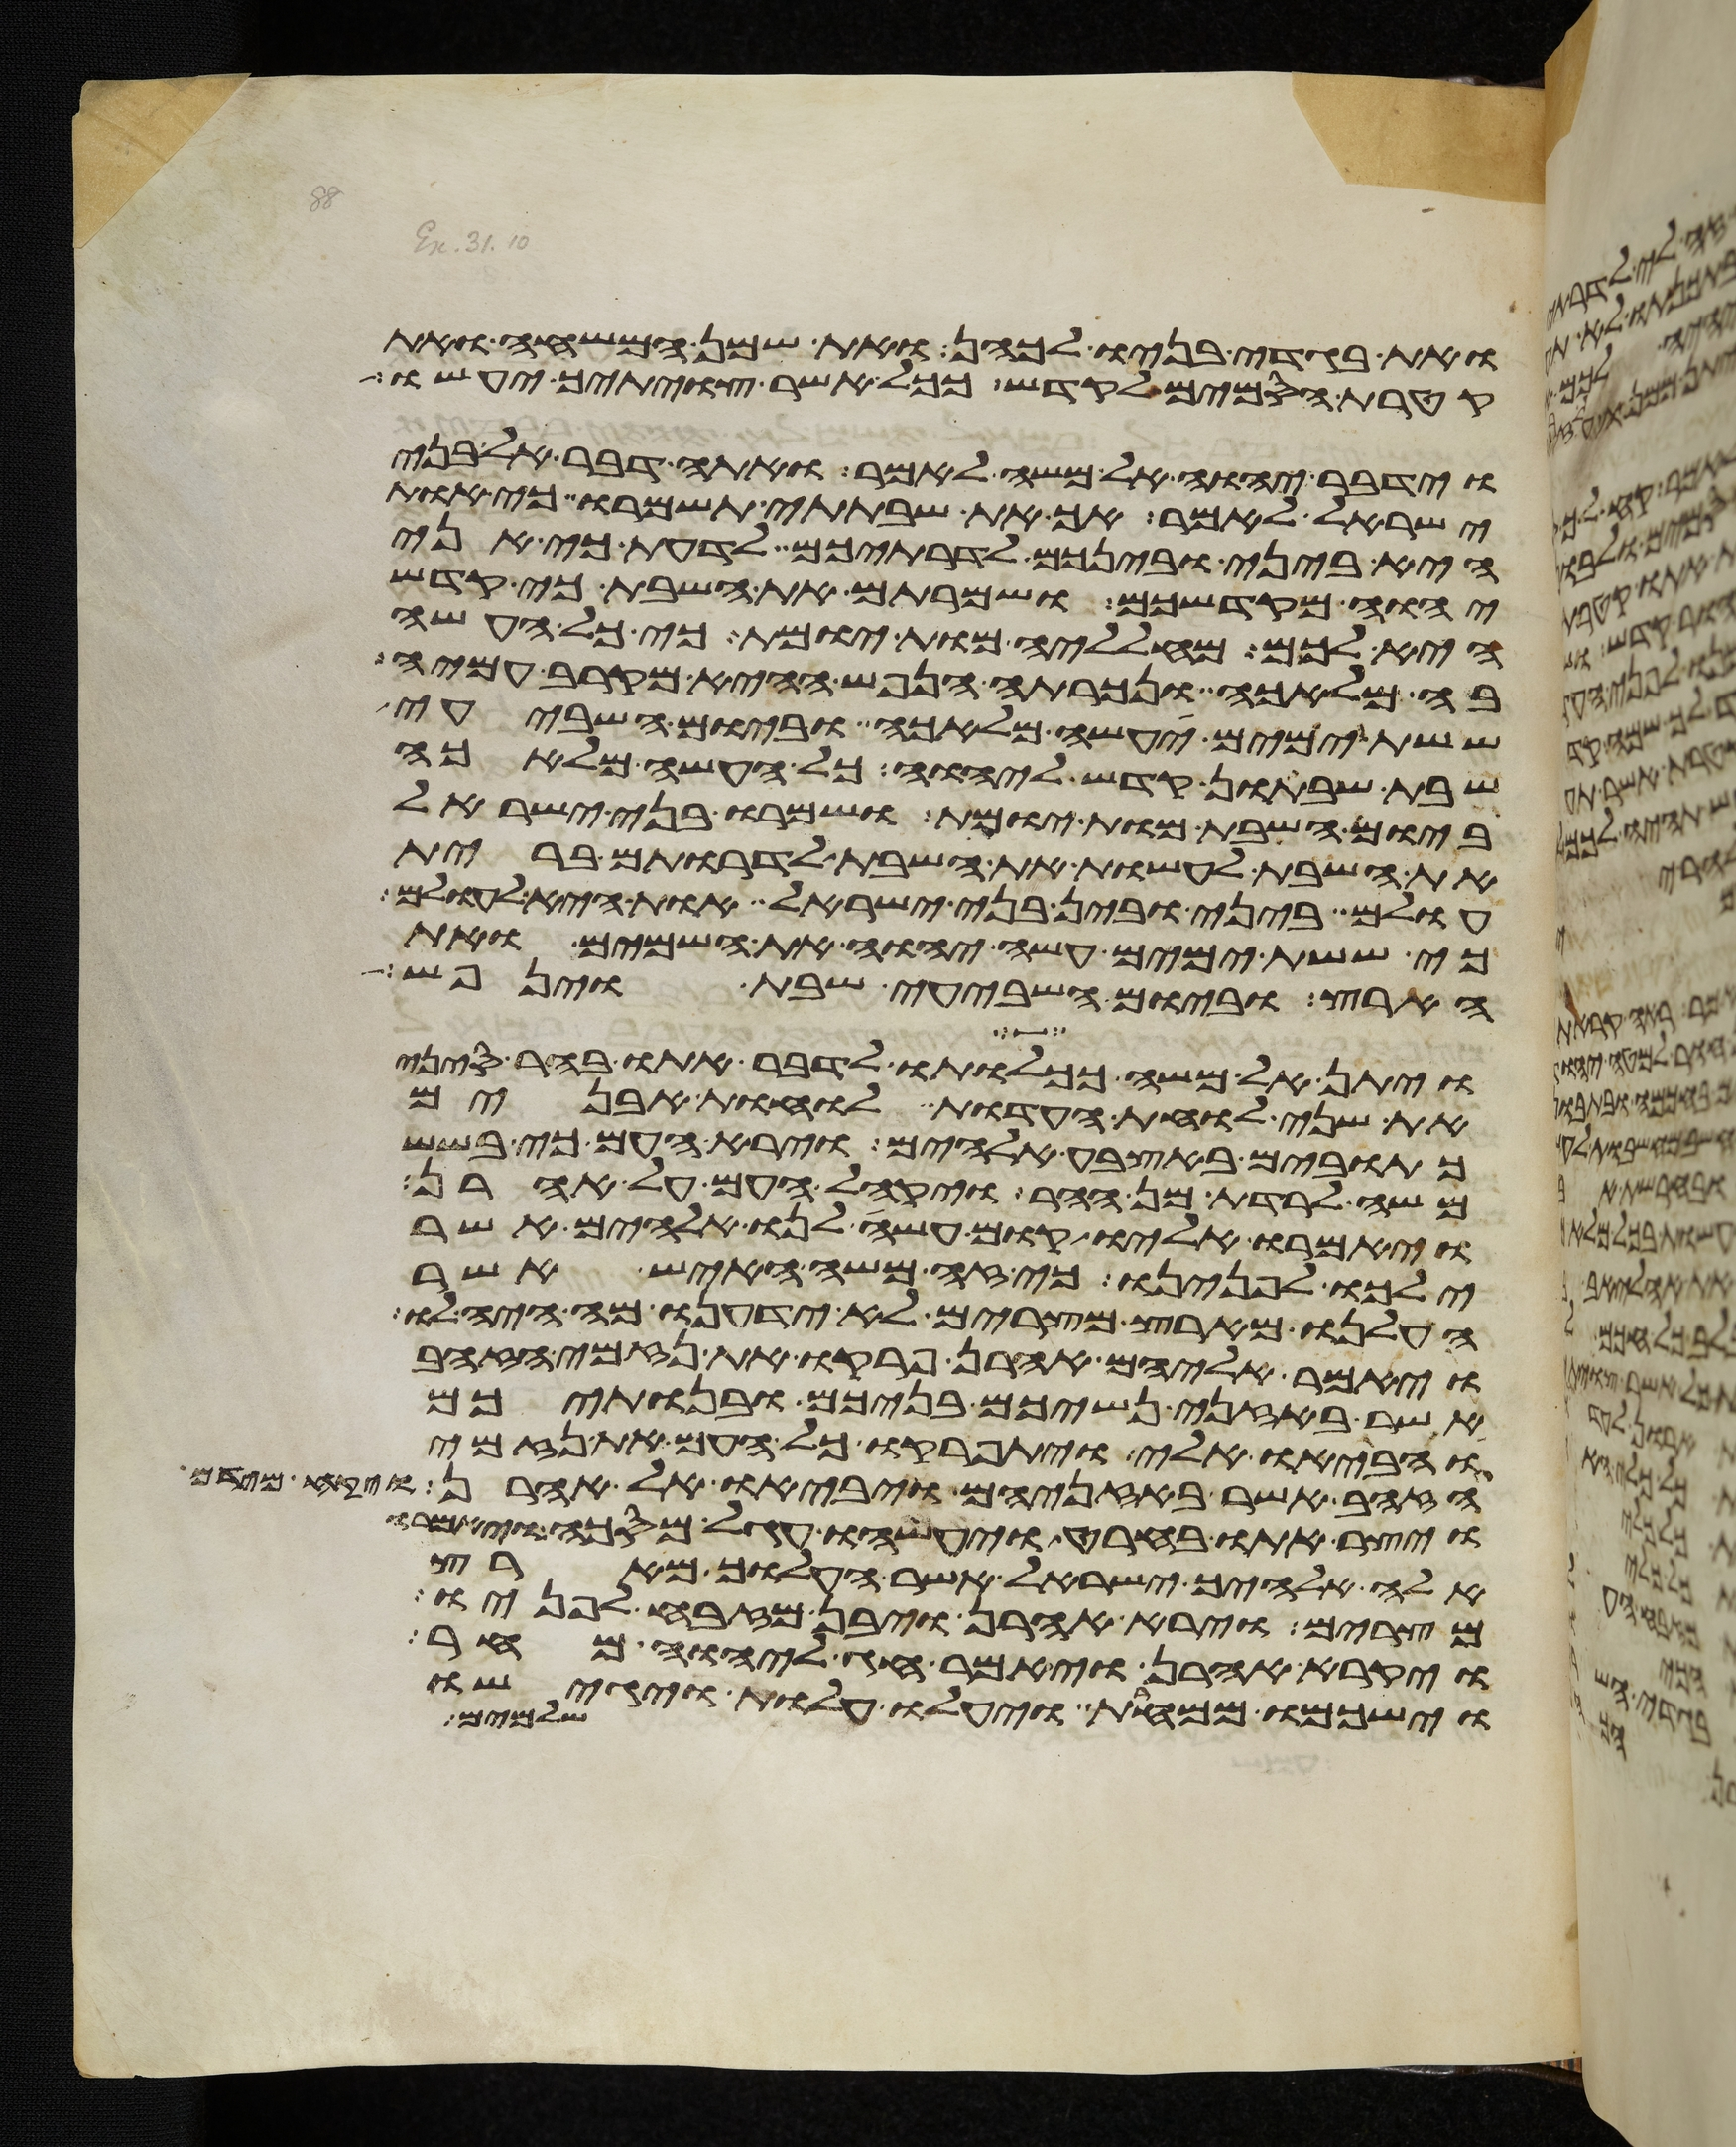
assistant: ואת בגדי בניו לכהן את שמן המשחה ואת
קטרת הסמים לקדש ככל אשר צויתיך יעשו
וידבר יהוה אל משה לאמר ואתה דבר אל בני
ישראל לאמר אך את שבתתי תשמרו כי אות
היא ביני ובינכם לדרתיכם לדעת כי אני
יהוה מקדשכם ושמרתם את השבת כי קדש
היא לכם מחלליה מות יומת כי כל העשה
בה מלאכה ונכרתה הנפש ההיא מקרב עמיה
ששת ימים יעשה מלאכה וביום השביעי
שבת שבתון קדש ליהוה כל העשה מלאכה
ביום השבת מות יומת ושמרו בני ישראל
את השבת לעשות את השבת לדרתם ברית
עולם ביני ובין בני ישראל אות היא לעולם
כי ששת ימים עשה יהוה את השמים ואת
הארץ וביום השביעי שבת וינפש
ויתן אל משה ככלותו לדבר אתו בהר סיני
את שני לוחת העדות לוחת אבנים
כתובים באצבע אלהים וירא העם כי בשש
משה לרדת מן ההר ויקהל העם על אהרן
ויאמרו אליו קום עשה לנו אלהים אשר
ילכו לפנינו כי זה משה האיש אשר
העלנו מארץ מצרים לא ידענו מה היה לו
ויאמר אליהם אהרן פרקו את נזמי הזהב
אשר באזני נשיכם בניכם ובנתיכם
והביאו אלי ויתפרקו כל העם את נזמי
הזהב אשר באזניהם ויביאו אל אהרן
ויצר אתו בחרט ויעשהו עגל מסכה ויאמרו
אלה אלהיך ישראל אשר העלוך מארץ
מצרים וירא אהרן ויבן מזבח לפניו
ויקרא אהרן ויאמר חג ליהוה מחר
וישכמו ממחרת ויעלו עלות ויגישו
שלמים